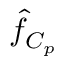
\hat { f } _ { C _ { p } }